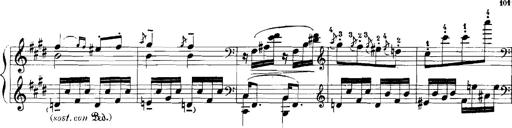
Title: Rhapsodies hongroises
Composer: Franz Liszt